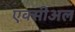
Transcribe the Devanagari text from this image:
एक्सीअल